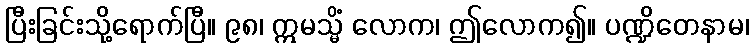
ပြီးခြင်းသို့ရောက်ပြီ။ ၉၈၊ ဣမသ္မိံ လောက၊ ဤလောက၍။ ပဏ္ဍိတေနာမ၊